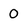
Character: 0